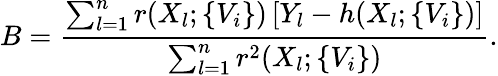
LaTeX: B=\frac{\sum_{l=1}^{n}r(X_{l};\{ V_{i}\} )\left[Y_{l}-h(X_{l};\{ V_{i}\} )\right]}{\sum_{l=1}^{n}r^{2}(X_{l};\{ V_{i}\} )}.